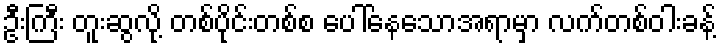
ဦးကြီး တူးဆွလို့ တစ်ပိုင်းတစ်စ ပေါ်နေသောအရာမှာ လက်တစ်ဝါးခန့်